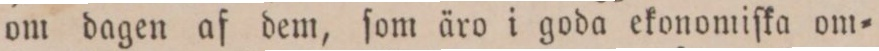
om dagen af dem, ſom äro i goda ekonomiſka om=